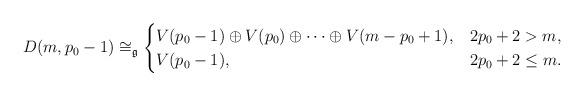
LaTeX: \begin{align*}D(m,p_0-1)\cong_{\mathfrak{g}} \begin{cases} V(p_0-1)\oplus V(p_0)\oplus \cdots \oplus V(m-p_0+1),& 2p_0+2 > m,\\ V(p_0-1), & 2p_0+2 \leq m. \end{cases}\end{align*}